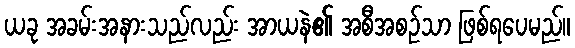
ယခု အခမ်းအနားသည်လည်း အာယနဲ၏ အစီအစဉ်သာ ဖြစ်ရပေမည်။